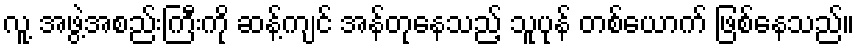
လူ့ အဖွဲ့အစည်းကြီးကို ဆန့်ကျင် အန်တုနေသည့် သူပုန် တစ်ယောက် ဖြစ်နေသည်။